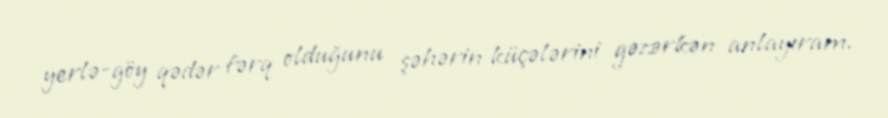
yerlə-göy qədər fərq olduğunu şəhərin küçələrini gəzərkən anlayıram.